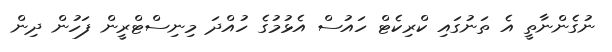
ނުގެންނާތީ އެ ތަނުގައި ކްރިކެޓް ހައުސް އެޅުމުގެ ހުއްދަ މިނިސްޓްރީން ފަހުން ދިން